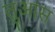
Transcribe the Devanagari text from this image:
तुआस